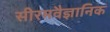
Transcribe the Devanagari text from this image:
सीरमवैज्ञानिक